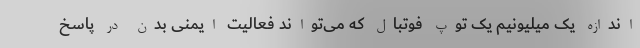
اندازه یک میلیونیم یک توپ فوتبال که می‌تواند فعالیت ایمنی بدن در پاسخ